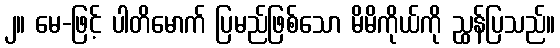
၂။ မေ-ဖြင့် ပါတိမောက် ပြမည်ဖြစ်သော မိမိကိုယ်ကို ညွှန်ပြသည်။